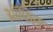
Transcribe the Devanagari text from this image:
आॅफिस